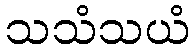
သသံသယံ